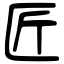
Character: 匠